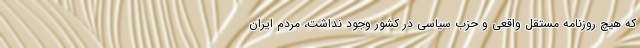
که هیچ روزنامه مستقل واقعی و حزب سیاسی در کشور وجود نداشت، مردم ایران